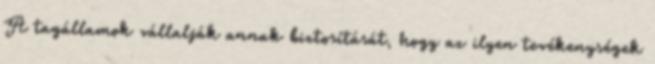
A tagállamok vállalják annak biztosítását, hogy az ilyen tevékenységek